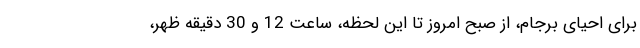
برای احیای برجام، از صبح امروز تا این لحظه، ساعت 12 و 30 دقیقه ظهر،